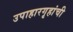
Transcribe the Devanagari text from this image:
उपाहारगृहांची